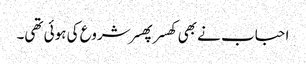
احباب نے بھی کھسر پھسر شروع کی ہوئی تھی۔